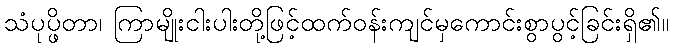
သံပုပ္ဖိတာ၊ ကြာမျိုးငါးပါးတို့ဖြင့်ထက်ဝန်းကျင်မှကောင်းစွာပွင့်ခြင်းရှိ၏။